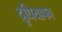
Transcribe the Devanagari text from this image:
दूधियापन